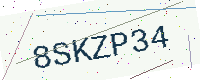
Text: 8SKZP34